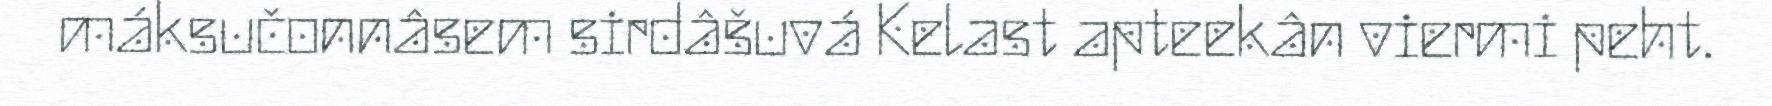
máksučonnâsem sirdâšuvá Kelast apteekân viermi peht.